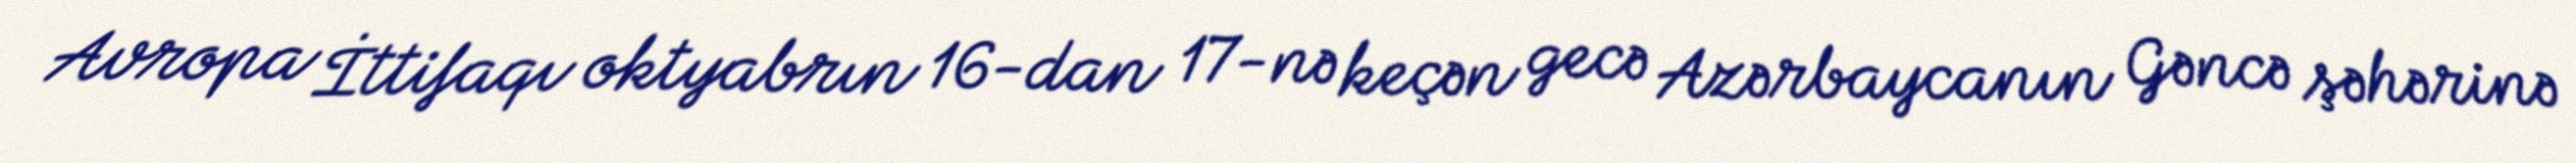
Avropa İttifaqı oktyabrın 16-dan 17-nə keçən gecə Azərbaycanın Gəncə şəhərinə